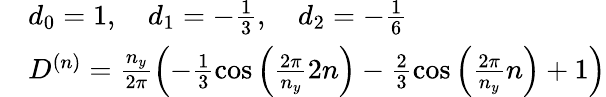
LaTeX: \begin{array}{rl}&{d_{0}=1,\quad d_{1}=-\frac{1}{3},\quad d_{2}=-\frac{1}{6}}\\ &{D^{(n)}=\frac{n_{y}}{2\pi}\left(-\frac{1}{3}\cos\left(\frac{2\pi}{n_{y}}2n\right)-\frac{2}{3}\cos\left(\frac{2\pi}{n_{y}}n\right)+1\right)}\end{array}